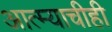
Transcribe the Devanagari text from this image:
आत्म्याचीही